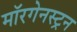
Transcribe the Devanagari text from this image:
मॉरगेनस्ट्रन